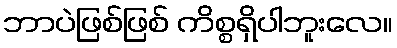
ဘာပဲဖြစ်ဖြစ် ကိစ္စရှိပါဘူးလေ။